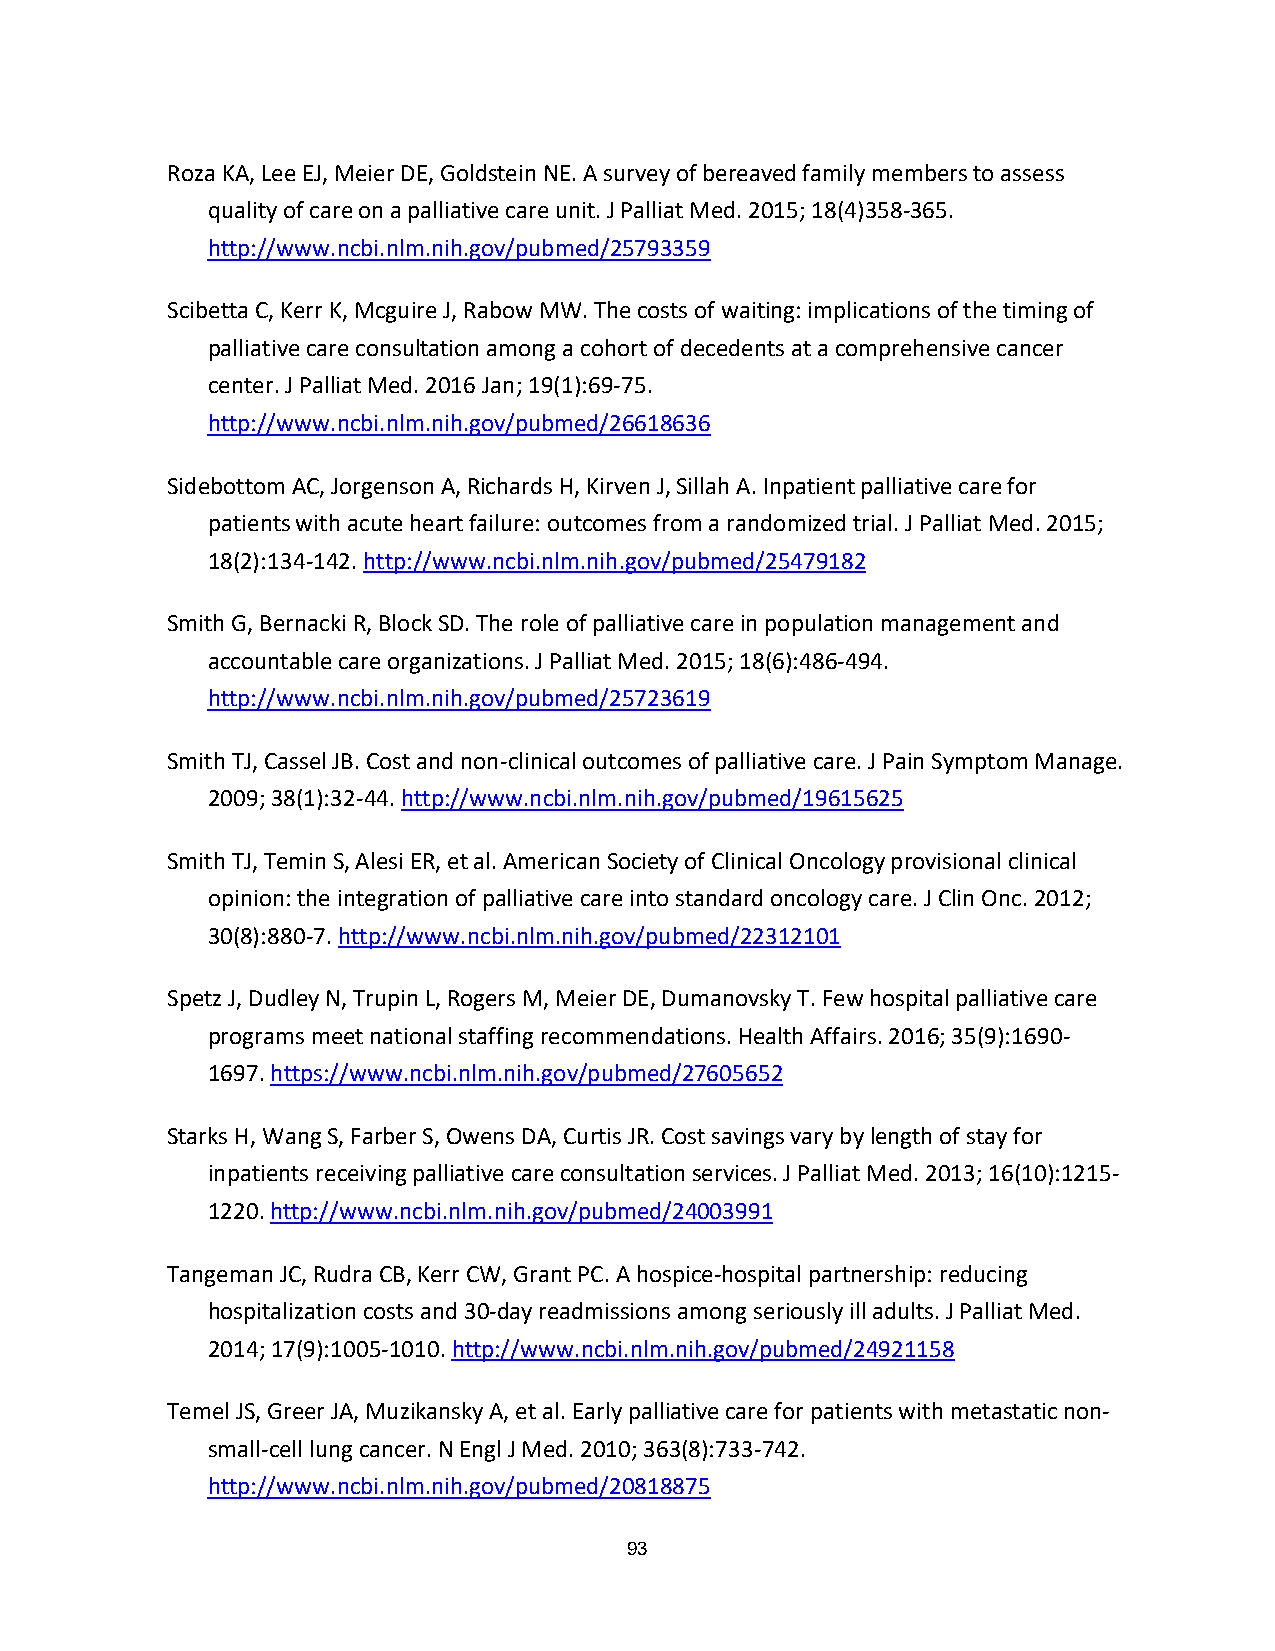
Roza KA, Lee EJ, Meier DE, Goldstein NE. A survey of bereaved family members to assess
 quality of care on a palliative care unit. J Palliat Med. 2015; 18(4)358-365.
 http://www.ncbi.nlm.nih.gov/pubmed/25793359
 Scibetta C, Kerr K, Mcguire J, Rabow MW. The costs of waiting: implications of the timing of
 palliative care consultation among a cohort of decedents at a comprehensive cancer
 center. J Palliat Med. 2016 Jan; 19(1):69-75.
 http://www.ncbi.nlm.nih.gov/pubmed/26618636
 Sidebottom AC, Jorgenson A, Richards H, Kirven J, Sillah A. Inpatient palliative care for
 patients with acute heart failure: outcomes from a randomized trial. J Palliat Med. 2015;
 18(2):134-142. http://www.ncbi.nlm.nih.gov/pubmed/25479182
 Smith G, Bernacki R, Block SD. The role of palliative care in population management and
 accountable care organizations. J Palliat Med. 2015; 18(6):486-494.
 http://www.ncbi.nlm.nih.gov/pubmed/25723619
 Smith TJ, Cassel JB. Cost and non-clinical outcomes of palliative care. J Pain Symptom Manage.
 2009; 38(1):32-44. http://www.ncbi.nlm.nih.gov/pubmed/19615625
 Smith TJ, Temin S, Alesi ER, et al. American Society of Clinical Oncology provisional clinical
 opinion: the integration of palliative care into standard oncology care. J Clin Onc. 2012;
 30(8):880-7. http://www.ncbi.nlm.nih.gov/pubmed/22312101
 Spetz J, Dudley N, Trupin L, Rogers M, Meier DE, Dumanovsky T. Few hospital palliative care
 programs meet national staffing recommendations. Health Affairs. 2016; 35(9):1690-
 1697. https://www.ncbi.nlm.nih.gov/pubmed/27605652
 Starks H, Wang S, Farber S, Owens DA, Curtis JR. Cost savings vary by length of stay for
 inpatients receiving palliative care consultation services. J Palliat Med. 2013; 16(10):1215-
 1220. http://www.ncbi.nlm.nih.gov/pubmed/24003991
 Tangeman JC, Rudra CB, Kerr CW, Grant PC. A hospice-hospital partnership: reducing
 hospitalization costs and 30-day readmissions among seriously ill adults. J Palliat Med.
 2014; 17(9):1005-1010. http://www.ncbi.nlm.nih.gov/pubmed/24921158
 Temel JS, Greer JA, Muzikansky A, et al. Early palliative care for patients with metastatic non-
 small-cell lung cancer. N Engl J Med. 2010; 363(8):733-742.
 http://www.ncbi.nlm.nih.gov/pubmed/20818875
 93